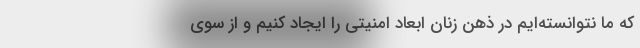
که ما نتوانسته‌ایم در ذهن زنان ابعاد امنیتی را ایجاد کنیم و از سوی